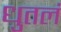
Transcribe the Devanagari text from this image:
धुतलं